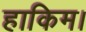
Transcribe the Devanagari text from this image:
हाकिम।